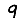
Digit: 9